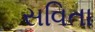
સવિતા